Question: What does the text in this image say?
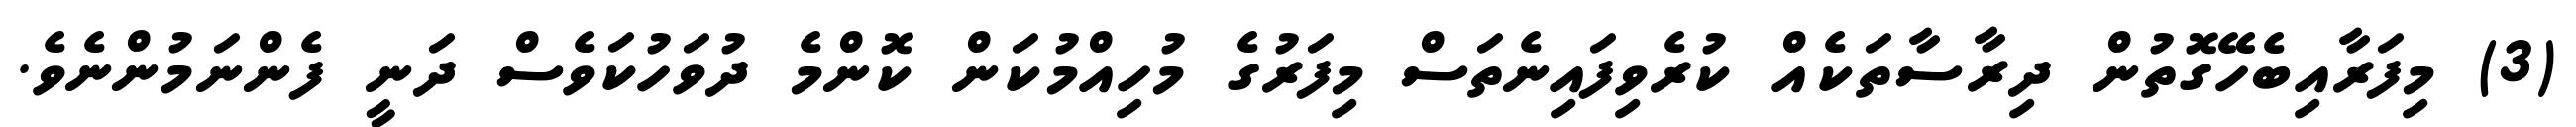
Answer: (3) މިފަރާއިބެހޭގޮތުން ދިރާސާތަކެއް ކުރެވިފައިނެތަސް މިފަރުގެ މުހިއްމުކަން ކޮންމެ ދުވަހުކަވެސް ދަނީ ފެންނަމުންނެވެ.